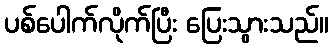
ပစ်ပေါက်လိုက်ပြီး ပြေးသွားသည်။